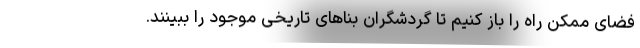
فضای ممکن راه را باز کنیم تا گردشگران بناهای تاریخی موجود را ببینند.